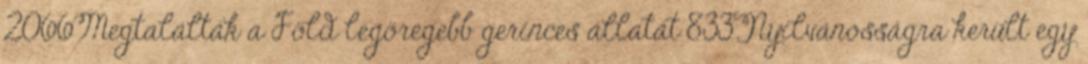
2066Megtalálták a Föld legöregebb gerinces állatát 833Nyilvánosságra került egy